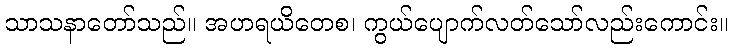
သာသနာတော်သည်။ အဟရယိတေစ၊ ကွယ်ပျောက်လတ်သော်လည်းကောင်း။